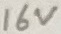
Text: 16V